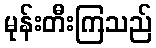
မုန်းတီးကြသည်